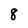
Character: 8